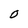
Character: O